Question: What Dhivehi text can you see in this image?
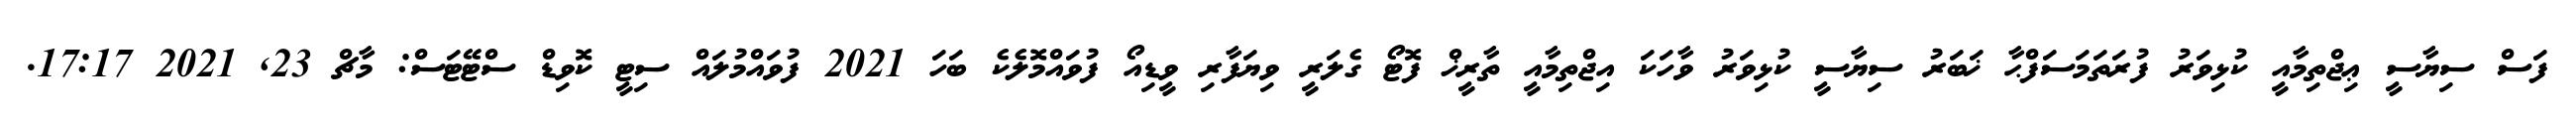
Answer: ފަސް ސިޔާސީ ޢިޖްތިމާއީ ކުޅިވަރު ފުރަތަމަސަފްޙާ ޚަބަރު ސިޔާސީ ކުޅިވަރު ވާހަކަ އިޖްތިމާއީ ތާރީޚް ފޮޓޯ ގެލަރީ ވިޔަފާރި ވީޑިއޯ ފުވައްމޮލެކެ ބަހަ 2021 ފުވައްމުލައް ސިޓީ ކޮވިޑް ސްޓޭޓަސް: މާޗް 23, 2021 17:17.